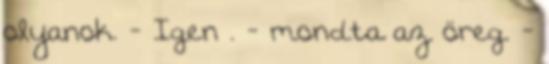
olyanok. - Igen . - mondta az öreg. -